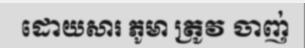
ដោយសារ ភូមា ត្រូវ ចាញ់